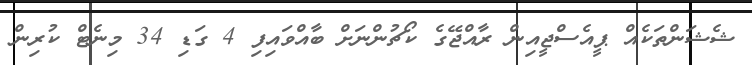
ޝެޝަންތަކެއް ޕީއެސްޖީއިން ރާއްޖޭގެ ކޯޗުންނަށް ބާއްވައިފި 4 ގަޑި 34 މިނެޓް ކުރިން